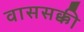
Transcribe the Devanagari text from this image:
वाससक्की